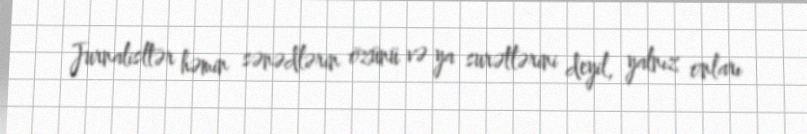
Jurnalisltər həmin sənədlərin özünü və ya surətlərini deyil, yalnız onları